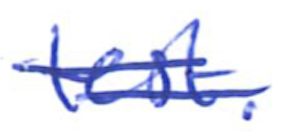
Text: test.
Cross-out: double-line
Writing tool: ballpoint